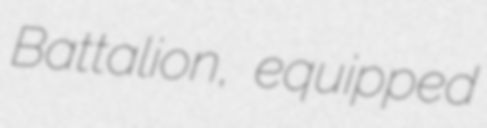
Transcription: Battalion, equipped